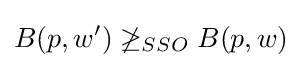
B(p,w')\not \geq _{SSO}B(p,w)